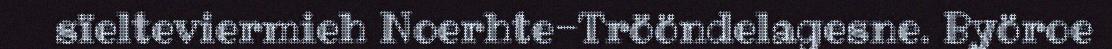
sïelteviermieh Noerhte-Trööndelagesne. Byöroe